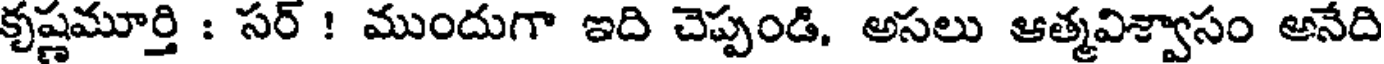
కృష్ణమూర్తి : సర్ ! ముందుగా ఇది చెప్పండి, అసలు ఆత్మవిశ్వాసం అనేది